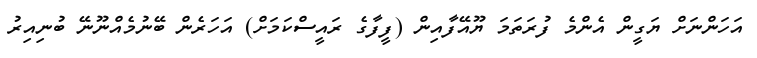
އަހަންނަށް ޔަގީން އެންމެ ފުރަތަމަ ޔޫއޭފާއިން (ފީފާގެ ރައީސްކަމަށް) އަހަރެން ބޭނުމެއްނޫނޭ ބުނިއިރު